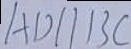
A D / / B C